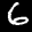
Label: 6